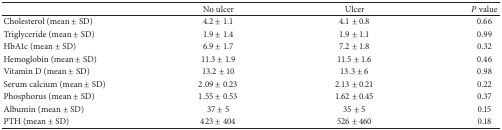
<table><thead><tr><td><b> </b></td><td><b>No ulcer</b></td><td><b>Ulcer</b></td><td><b><i>P</i> value</b></td></tr></thead><tbody><tr><td>Cholesterol (mean ± SD)</td><td>4.2 ± 1.1</td><td>4.1 ± 0.8</td><td>0.66</td></tr><tr><td>Triglyceride (mean ± SD)</td><td>1.9 ± 1.4</td><td>1.9 ± 1.1</td><td>0.99</td></tr><tr><td>HbA1c (mean ± SD)</td><td>6.9 ± 1.7</td><td>7.2 ± 1.8</td><td>0.32</td></tr><tr><td>Hemoglobin (mean ± SD)</td><td>11.3 ± 1.9</td><td>11.5 ± 1.6</td><td>0.46</td></tr><tr><td>Vitamin D (mean ± SD)</td><td>13.2 ± 10</td><td>13.3 ± 6</td><td>0.98</td></tr><tr><td>Serum calcium (mean ± SD)</td><td>2.09 ± 0.23</td><td>2.13 ± 0.21</td><td>0.22</td></tr><tr><td>Phosphorus (mean ± SD)</td><td>1.55 ± 0.53</td><td>1.62 ± 0.45</td><td>0.37</td></tr><tr><td>Albumin (mean ± SD)</td><td>37 ± 5</td><td>35 ± 5</td><td>0.15</td></tr><tr><td>PTH (mean ± SD)</td><td>423 ± 404</td><td>526 ± 460</td><td>0.18</td></tr></tbody></table>